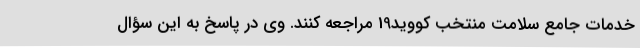
خدمات جامع سلامت منتخب کووید19 مراجعه کنند. وی در پاسخ به این سؤال